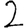
Digit: 2